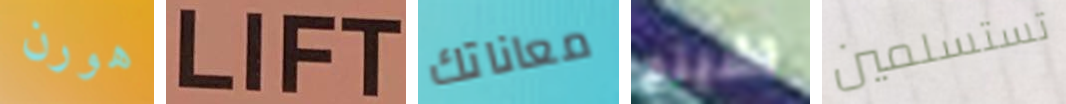
هورن LIFT معاناتك تشينج تستسلمين